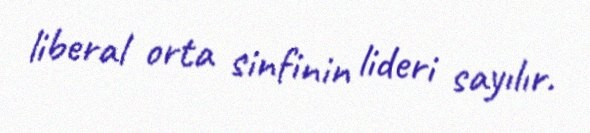
liberal orta sinfinin lideri sayılır.